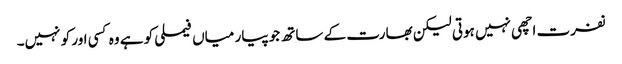
نفرت اچھی نہیں ہوتی لیکن بھارت کے ساتھ جو پیار میاں فیملی کو ہے وہ کسی اور کو نہیں۔